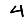
Digit: 4